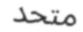
متحد